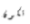
تكون